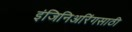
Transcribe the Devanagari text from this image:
इंजिनिअरिंगसाठी